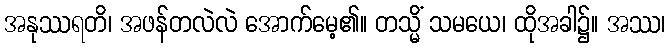
အနုဿရတိ၊ အဖန်တလဲလဲ အောက်မေ့၏။ တသ္မိံ သမယေ၊ ထိုအခါ၌။ အဿ၊